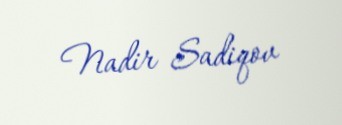
Nadir Sadiqov